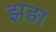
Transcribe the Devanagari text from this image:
झड़ा